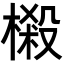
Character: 樧